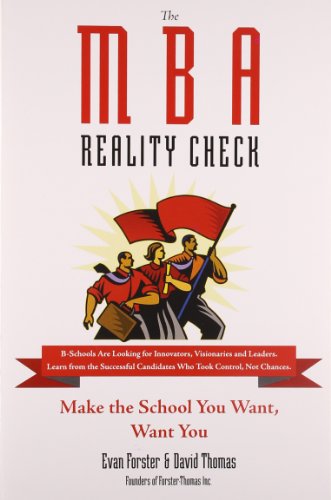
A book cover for The MBA Reality Check: Make the School You Want, Want You; David Thomas; Education & Teaching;